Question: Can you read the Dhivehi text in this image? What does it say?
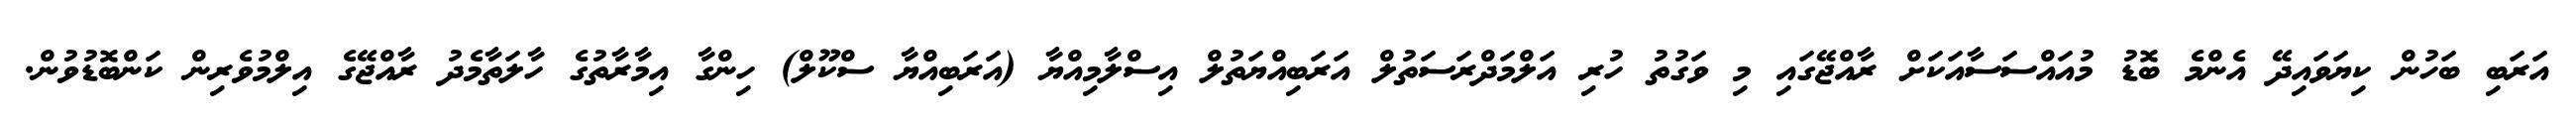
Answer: އަރަބި ބަހުން ކިޔަވައިދޭ އެންމެ ބޮޑު މުއައްސަސާއަކަށް ރާއްޖޭގައި މި ވަގުތު ހުރި އަލްމަދްރަސަތުލް އަރަބިއްޔަތުލް އިސްލާމިއްޔާ (އަރަބިއްޔާ ސްކޫލް) ހިންގާ އިމާރާތުގެ ހާލަތާމެދު ރާއްޖޭގެ އިލްމުވެރިން ކަންބޮޑުވުން.